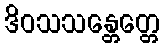
ဒိဝသသန္တေတ္တေ